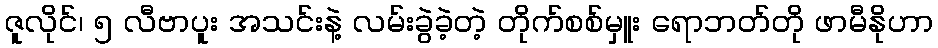
ဇူလိုင်၊ ၅ လီဗာပူး အသင်းနဲ့ လမ်းခွဲခဲ့တဲ့ တိုက်စစ်မှူး ရောဘတ်တို ဖာမီနိုဟာ